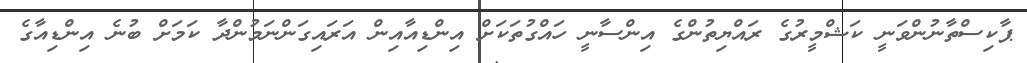
ޕާކިސްތާނުންވަނީ ކަޝްމީރުގެ ރައްޔިތުންގެ އިންސާނީ ހައްގުތަކަށް އިންޑިއާއިން އަރައިގަންނަމުންދާ ކަމަށް ބުނެ އިންޑިއާގެ